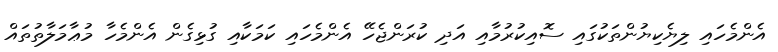
އެންމެހައި ލިޔެކިޔުންތަކުގައި ސޮއިކުރުމާއި އަދި ކުރަންޖެހޭ އެންމެހައި ކަމަކާއި ގުޅިގެން އެންމެހާ މުޢާމަލާތުތައް